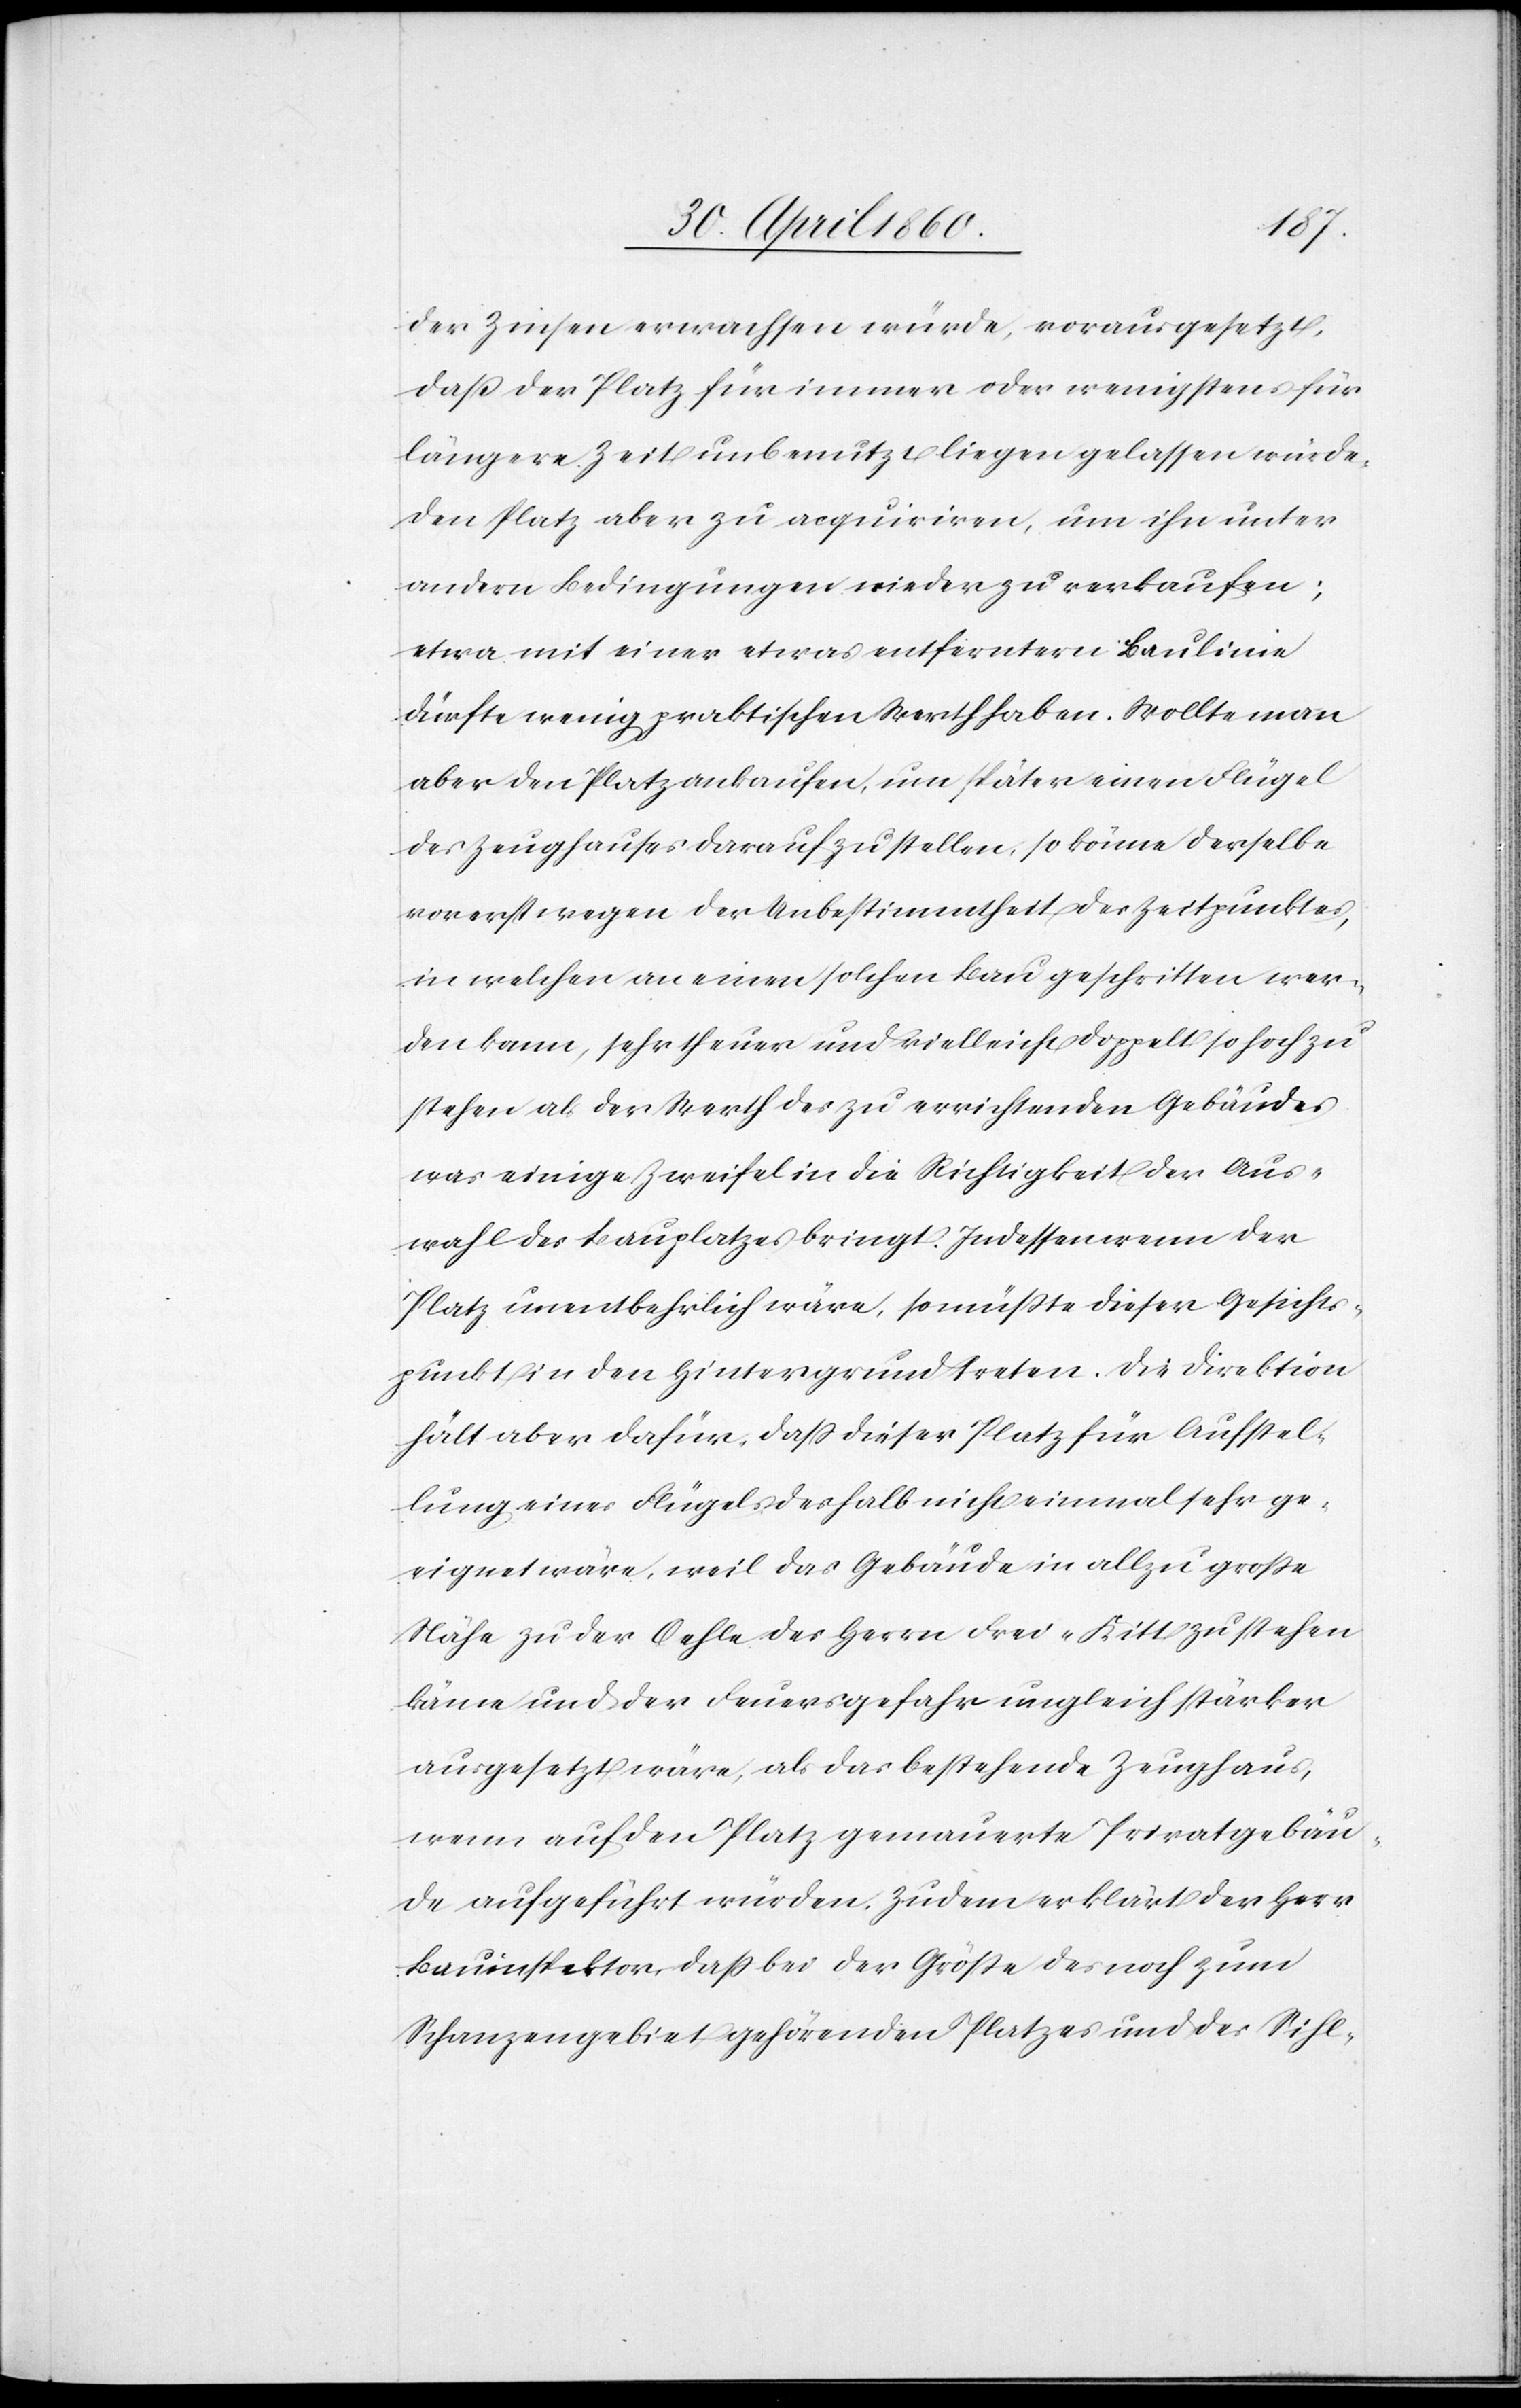
der Zinsen erwachsen würde, vorausgesetzt,
dass der Platz für immer oder wenigstens für
längere Zeit unbenutzt liegen gelassen würde,
den Platz aber zu acquiriren, um ihn unter
andern Bedingungen wieder zu verkaufen;
etwa mit einer etwas entferntern Baulinie
dürfte wenig praktischen Werth haben. Wollte man
aber den Platz ankaufen, um später einen Flügel
des Zeughauses darauf zu stellen, so könne derselbe
vorerst wegen der Unbestimmtheit des Zeitpunktes,
in welchen an einen solchen Bau geschritten wer¬
den kann, sehr theuer und vielleicht doppelt so hoch zu
stehen als der Werth des zu errichtenden Gebäudes
was einige Zweifel in die Richtigkeit der Aus¬
wahl des Bauplatzes bringt. Indessen wenn der
Platz unentbehrlich wäre, so müsste dieser Gesichts¬
punkt in den Hintergrund treten. Die Direktion
hält aber dafür, dass dieser Platz für Aufstel¬
lung eines Flügels deshalb nicht einmal sehr ge¬
eignet wäre, weil das Gebäude in allzu grosser
Nähe zu der Oehle des Herrn Frei-Kitt zu stehen
käme und der Feuersgefahr ungleich stärker
ausgesetzt wäre, als das bestehende Zeughaus,
wenn auf den Platz gemauerte Privatgebäu¬
de aufgeführt würden. Zudem erklärt der Herr
Bauinspektor, dass bei der Grösse des noch zum
Schanzengebiet gehörenden Platzes und des Sihl-